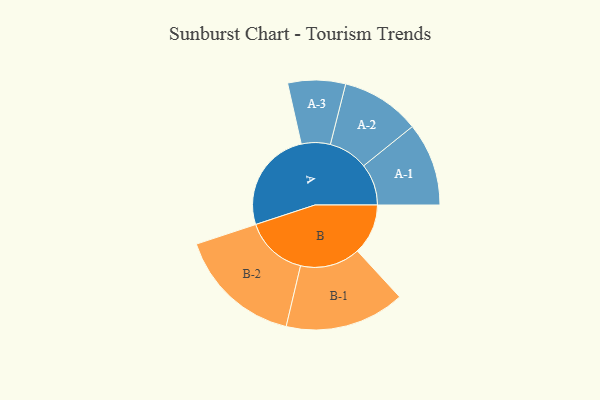
{"axis": {"x": "Segment", "y": "Value"}, "legend": ["", "A", "B"], "data": [{"x": "A", "y": 440, "type": ""}, {"x": "B", "y": 218, "type": ""}, {"x": "A-1", "y": 179, "type": "A"}, {"x": "A-2", "y": 170, "type": "A"}, {"x": "A-3", "y": 124, "type": "A"}, {"x": "B-1", "y": 258, "type": "B"}, {"x": "B-2", "y": 269, "type": "B"}]}